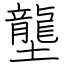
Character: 壟